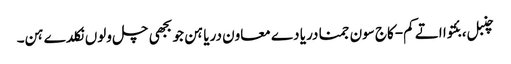
چنبل، بئتوا اتے کم-کاج سون جمنا دریا دے معاون دریا ہن جو بجھی چل ولوں نکلدے ہن۔